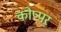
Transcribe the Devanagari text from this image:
कोप्पर